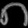
Digit: ၈